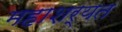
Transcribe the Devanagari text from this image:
महाशर्यत